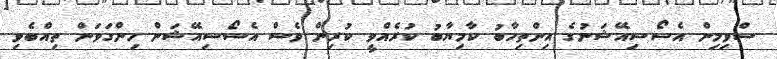
ސްވިމިން އެސޯސިއޭޝަނުގެ އިންތިހާބު ކާމިޔާބު ކުރެއްވީ ކުރިން ވެސް އެސޯސިއޭޝަން ހިންގަވަން ތިއްބެވި